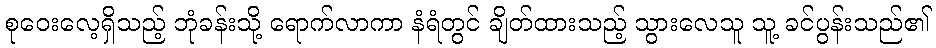
စုဝေးလေ့ရှိသည့် ဘုံခန်းသို့ ရောက်လာကာ နံရံတွင် ချိတ်ထားသည့် သွားလေသူ သူ့ ခင်ပွန်းသည်၏